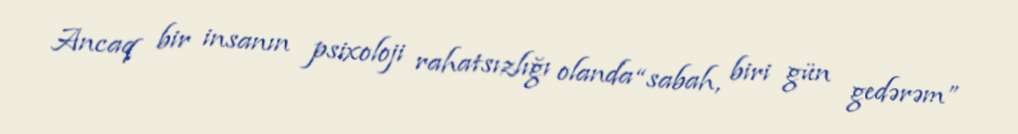
Ancaq bir insanın psixoloji rahatsızlığı olanda “sabah, biri gün gedərəm”